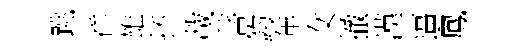
跳祥雄抔載菩鈞年女撤漢逼鳳